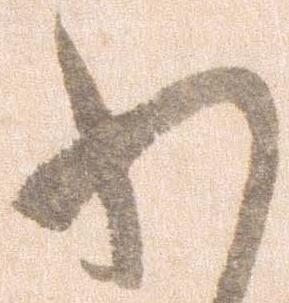
わ